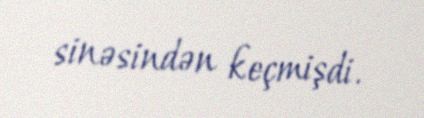
sinəsindən keçmişdi.